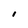
Character: I